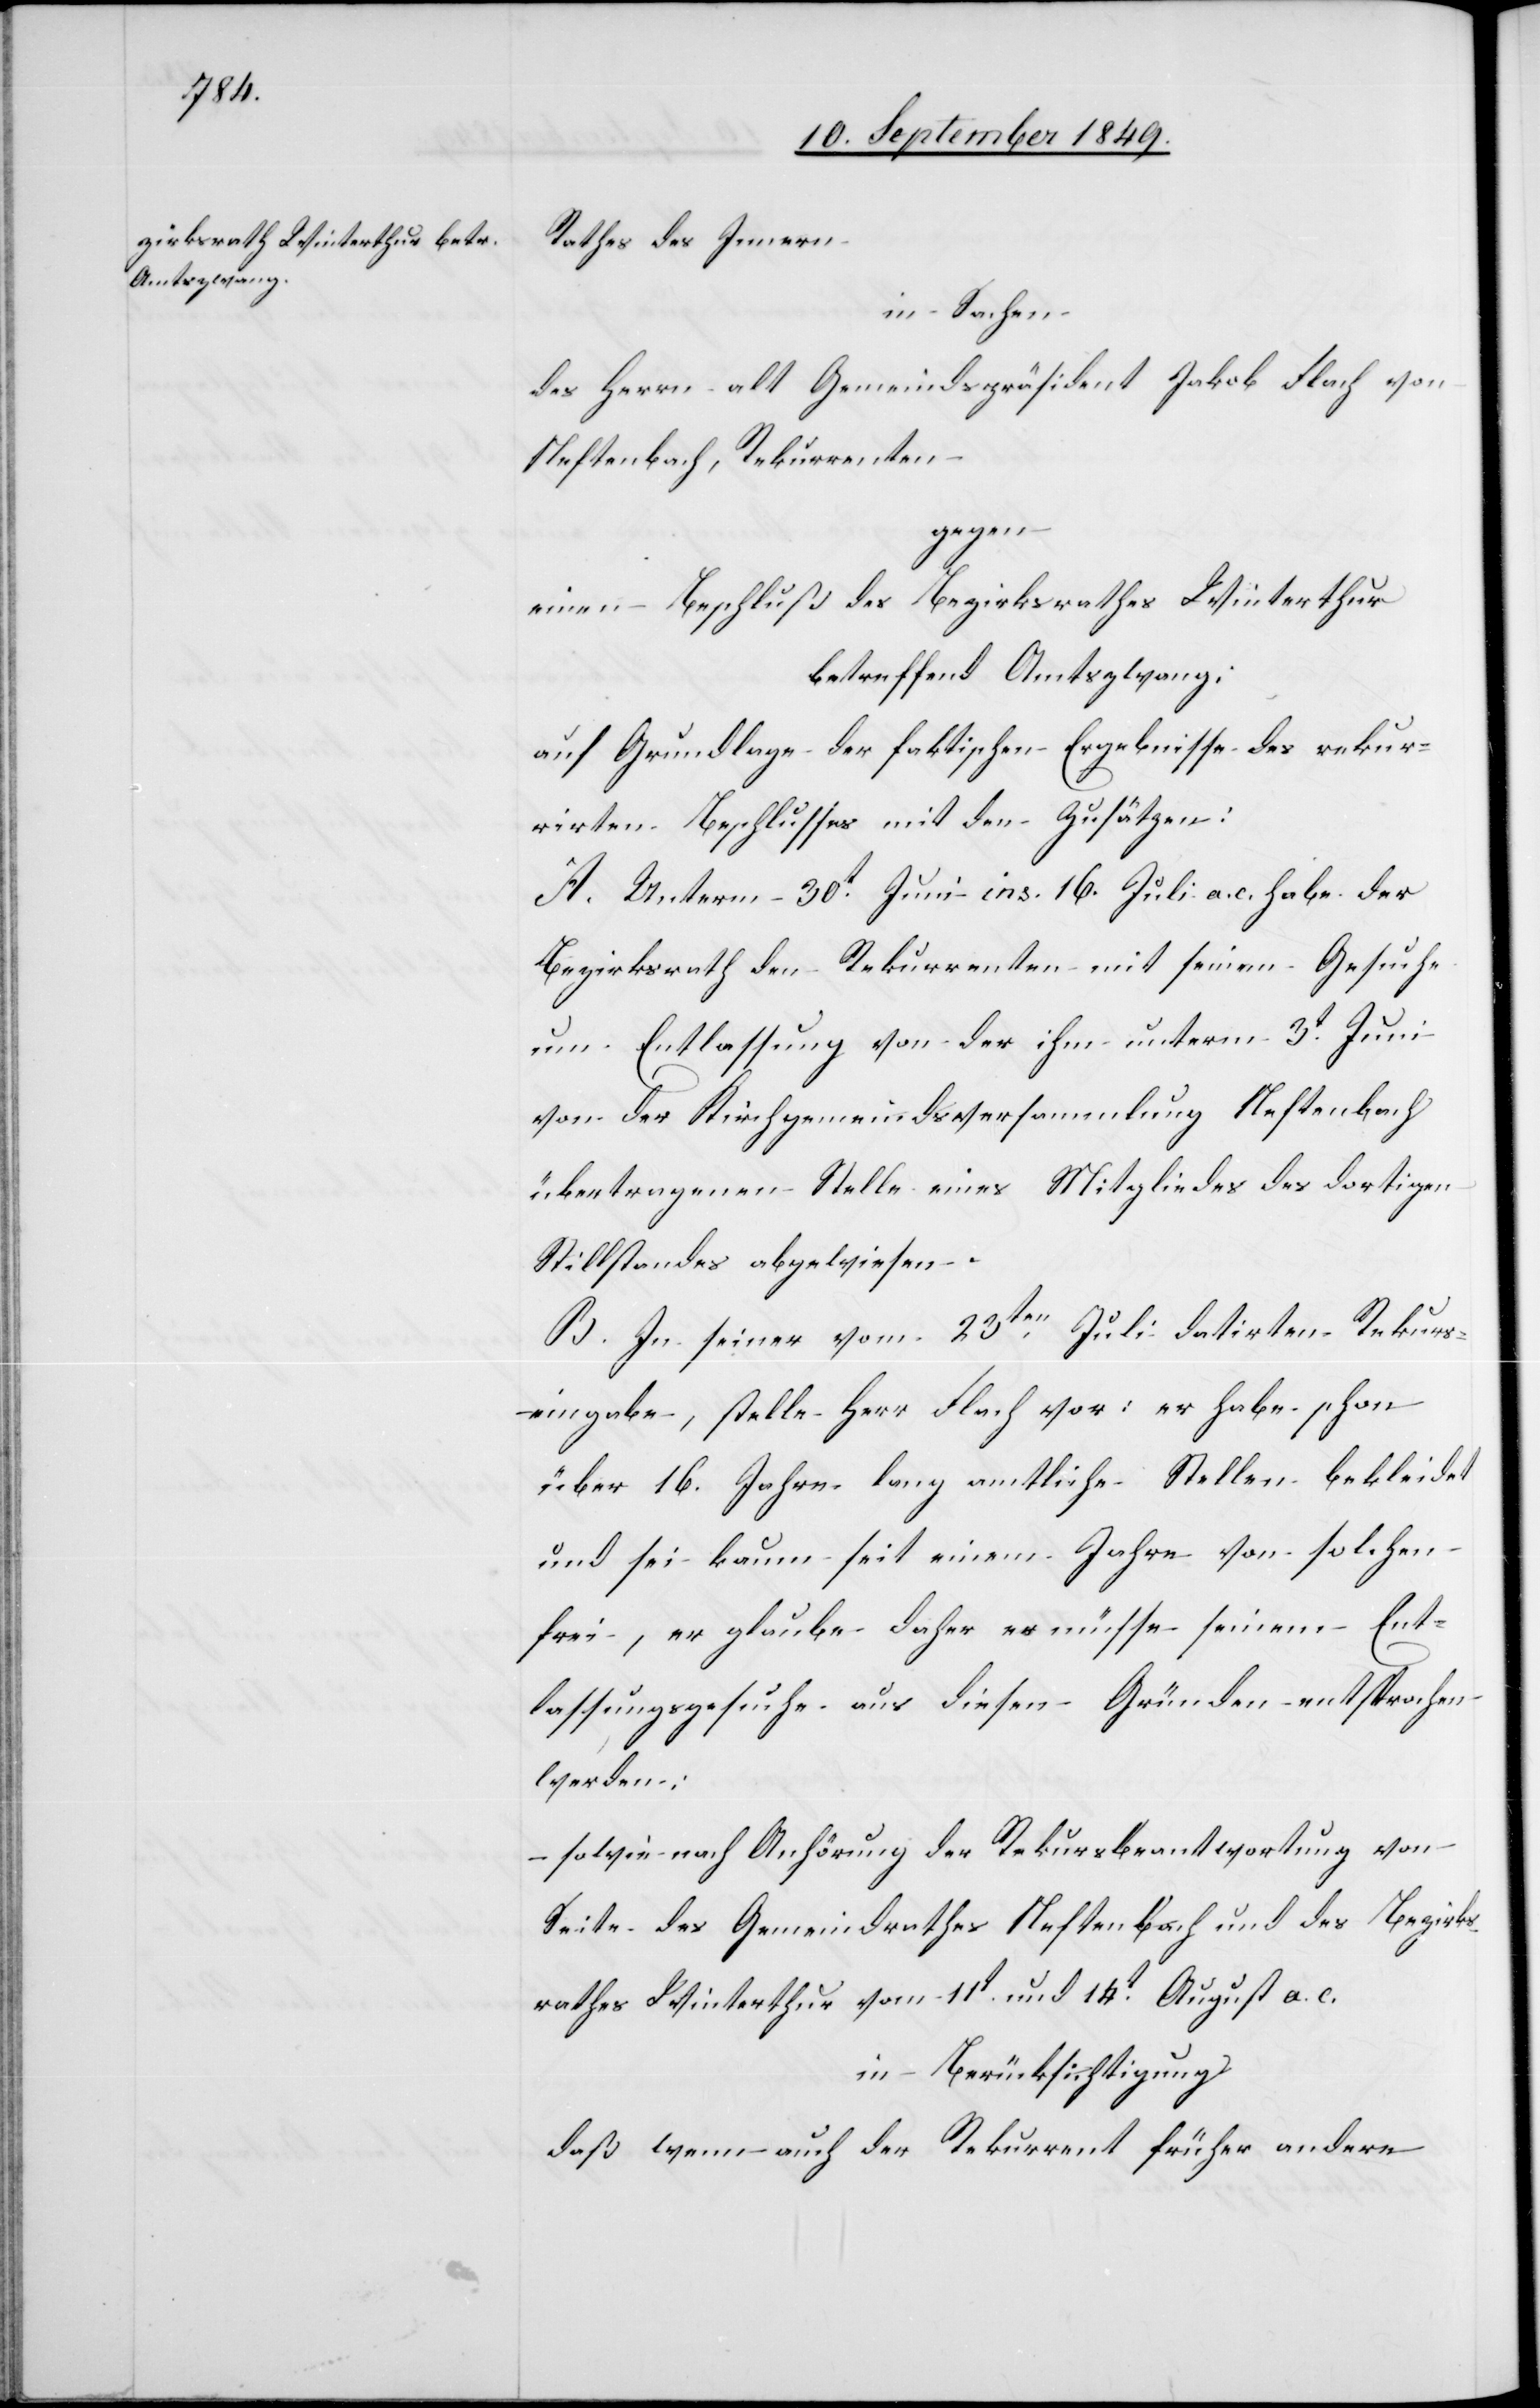
Rathes des Innern
in Sachen
des Herrn alt Gemeindspräsident Jakob Flach von
Neftenbach, Rekurrenten
gegen
einen Beschluß des Bezirksrathes Winterthur
betreffend Amtszwang:
auf Grundlage der faktischen Ergebnisse des rekur¬
rirten Beschlusses mit den Zusätzen:
A. Unterm 30t Juni ins. 16. Juli a. c. habe der
Bezirksrath den Rekurrenten mit seinem Gesuche
um Entlassung von der ihm unterm 3t Juni
von der Kirchgemeindsversammlung Neftenbach
übertragenen Stelle eines Mitgliedes des dortigen
Stillstandes abgewiesen.
B. In seiner vom 23ten Juli datirten Rekurs¬
eingabe, stelle Herr Flach vor: er habe schon
über 16. Jahre lang amtliche Stellen bekleidet
und sei kaum seit einem Jahre von solchen
frei, er glaube daher es müsse seinem Ent¬
lassungsgesuche aus diesen Gründen entsprochen
werden:
– sowie nach Anhörung der Rekursbeantwortung von
Seite des Gemeindrathes Neftenbach und des Bezirks¬
rathes Winterthur vom 11t und 14t August a. c.
in Berücksichtigung
daß wenn auch der Rekurrent früher andere